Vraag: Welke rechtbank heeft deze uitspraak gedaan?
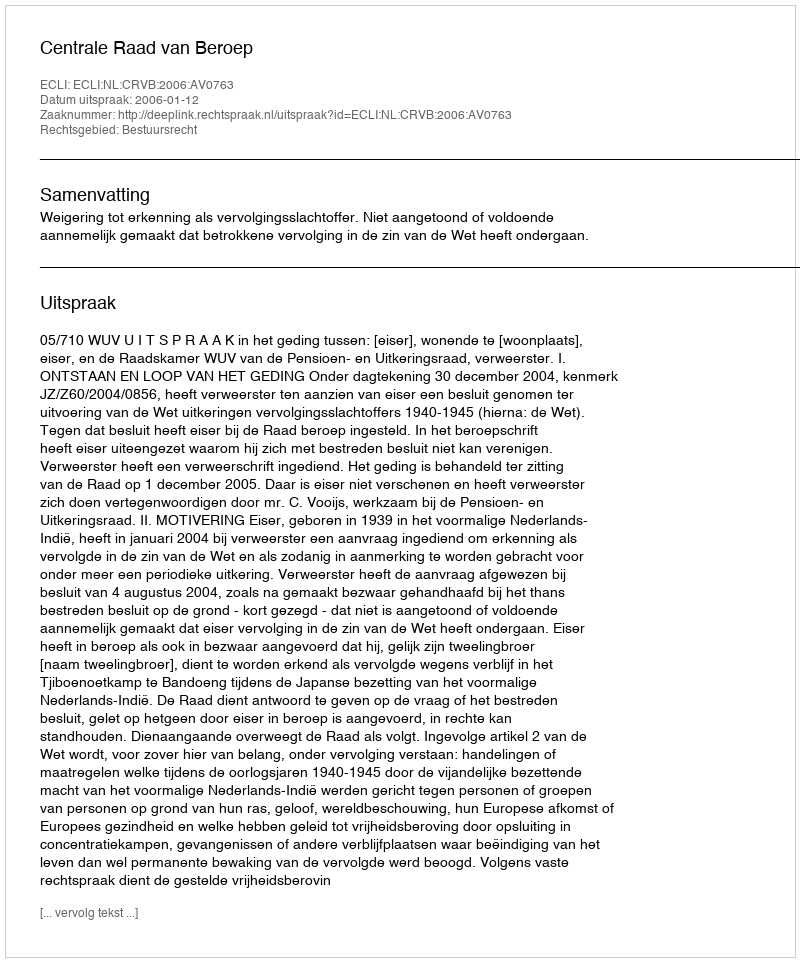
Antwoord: Centrale Raad van Beroep